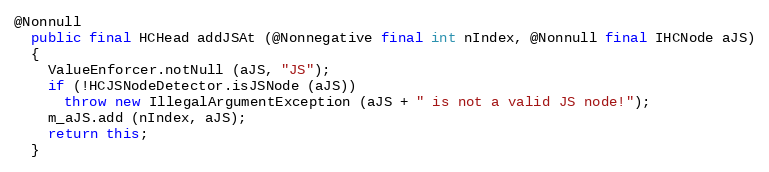
Language: Java
@Nonnull
  public final HCHead addJSAt (@Nonnegative final int nIndex, @Nonnull final IHCNode aJS)
  {
    ValueEnforcer.notNull (aJS, "JS");
    if (!HCJSNodeDetector.isJSNode (aJS))
      throw new IllegalArgumentException (aJS + " is not a valid JS node!");
    m_aJS.add (nIndex, aJS);
    return this;
  }